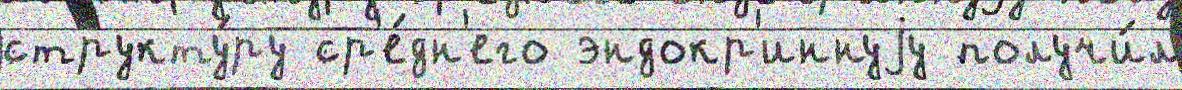
структу́ру ср'е́дн'его эндокр'иннуjу получи́л